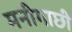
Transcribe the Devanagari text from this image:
मनीगाछी